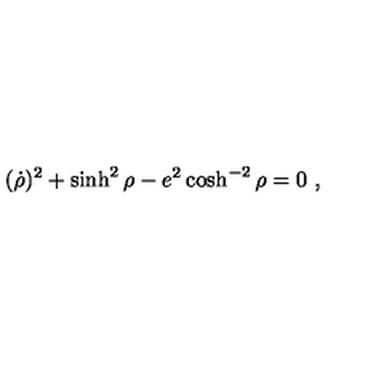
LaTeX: ( \dot { \rho } ) ^ { 2 } + \sinh ^ { 2 } \rho - e ^ { 2 } \cosh ^ { - 2 } \rho = 0 \ ,